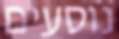
נוסעים